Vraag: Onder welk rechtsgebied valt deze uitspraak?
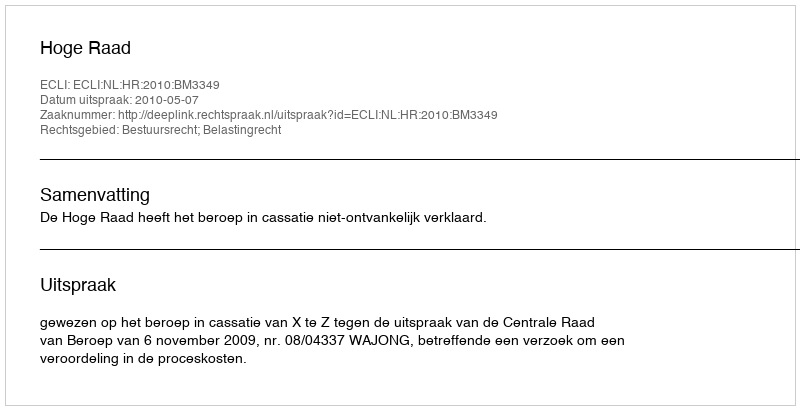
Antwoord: Bestuursrecht; Belastingrecht